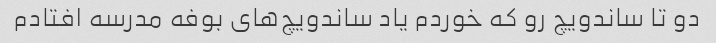
دو تا ساندویچ رو که خوردم یاد ساندویچ‌های بوفه مدرسه افتادم